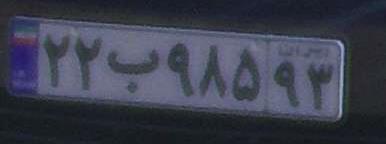
۲۲ب۹۸۵۹۳